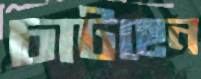
চাটছেন